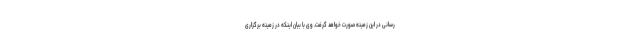
رسانی در این زمینه صورت خواهد گرفت. وی با بیان اینکه در زمینه برگزاری